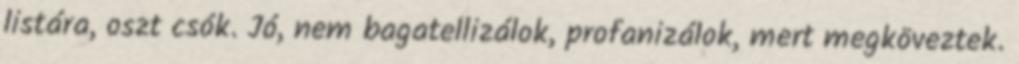
listára, oszt csók. Jó, nem bagatellizálok, profanizálok, mert megköveztek.